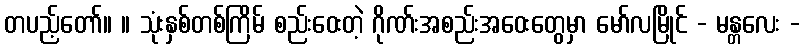
တပည့်တော်။ ။ သုံးနှစ်တစ်ကြိမ် စည်းဝေးတဲ့ ဂိုဏ်းအစည်းအဝေးတွေမှာ မော်လမြိုင် - မန္တလေး -